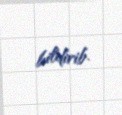
bildirib.